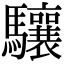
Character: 驤